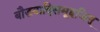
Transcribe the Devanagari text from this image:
बौद्धवादिसमूहजित्